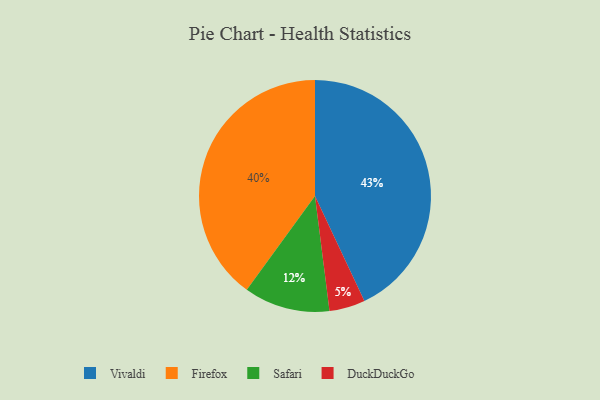
{"axis": {"x": "Category", "y": "Percentage"}, "legend": ["DuckDuckGo", "Firefox", "Safari", "Vivaldi"], "data": [{"x": "Safari", "y": 12, "type": "Safari"}, {"x": "DuckDuckGo", "y": 5, "type": "DuckDuckGo"}, {"x": "Vivaldi", "y": 43, "type": "Vivaldi"}, {"x": "Firefox", "y": 40, "type": "Firefox"}]}